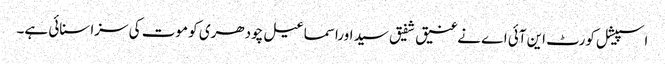
اسپیشل کورٹ این آئی اے نےعنیق شفیق سید اوراسماعیل چودھری کو موت کی سزا سنائی ہے۔